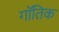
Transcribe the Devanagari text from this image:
गॉतिक